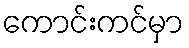
ကောင်းကင်မှာ